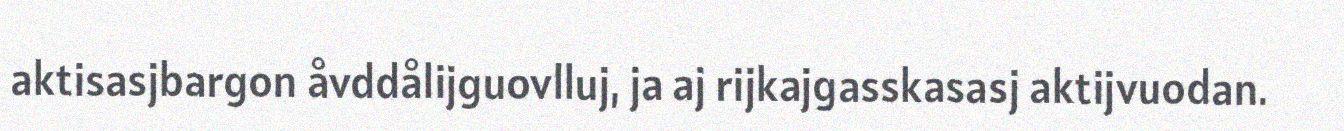
aktisasjbargon åvddålijguovlluj, ja aj rijkajgasskasasj aktijvuodan.